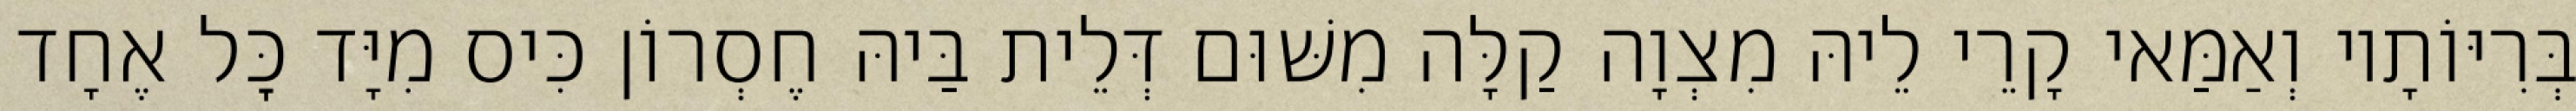
בְּרִיּוֹתָיו וְאַמַּאי קָרֵי לֵיהּ מִצְוָה קַלָּה מִשּׁוּם דְּלֵית בַּיהּ חֶסְרוֹן כִּיס מִיָּד כׇּל אֶחָד